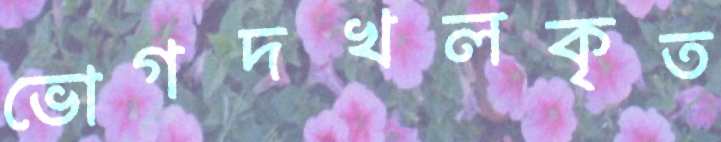
ভোগদখলকৃত